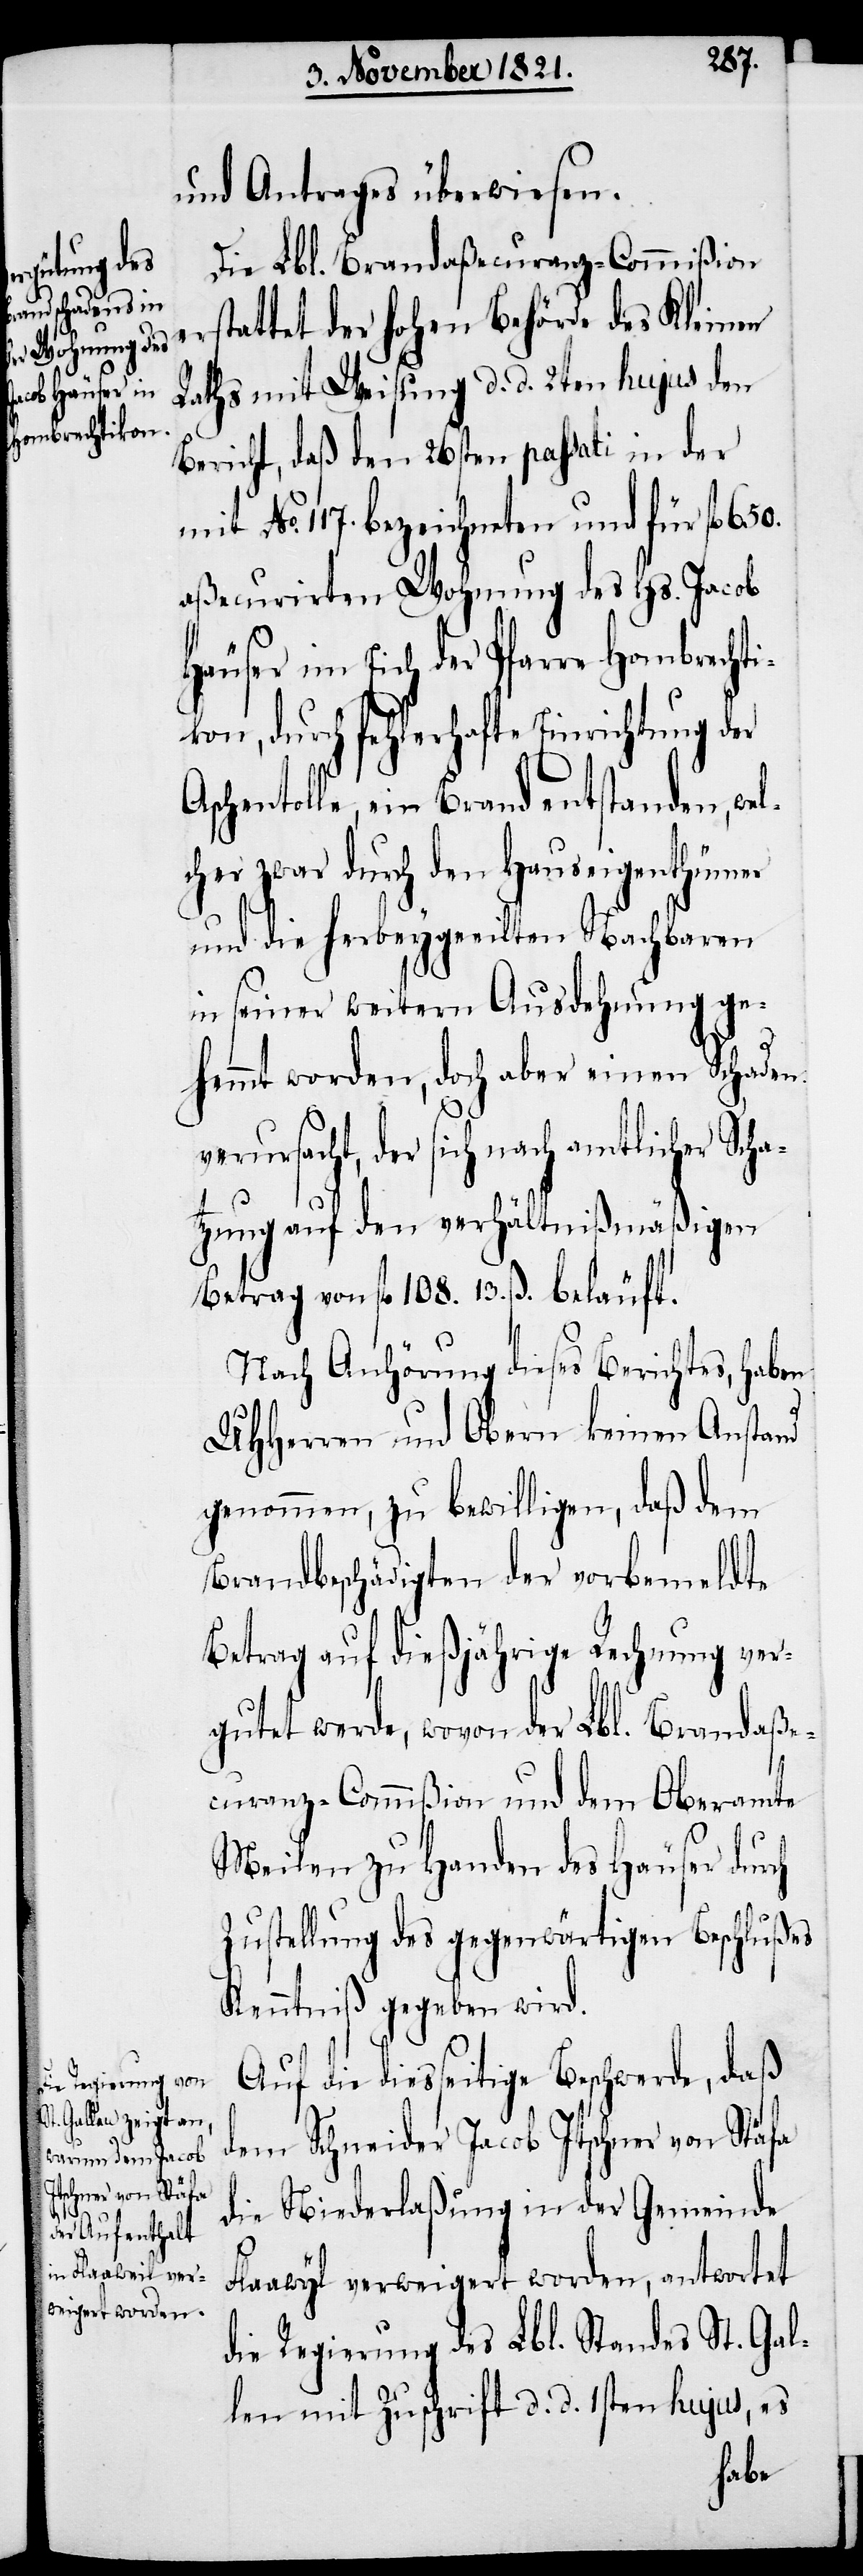
und Antrages überwiesen.
Die Lbl. Brandaßecuranz-Commißion
rstattet der hohen Regierung des Kleinen
Rathes mit Weisung d. d. 2ten hujus den
Bericht, daß den 26sten passati in der
mit No. 117. bezeichneten und für fl. 650.
aßecurirten Wohnung des Hs. Jacob
Häuser im Eich der Pfarre Hombrechti¬
kon, durch fehlerhafte Einrichtung der
schentolle, ein Brand entstanden, we¬
lcher zwar durch den Hauseigenthümer
und die herbeygeeilten Nachbaren
in seiner weitern Ausdehnung ge¬
A¬
hemmt worden, doch aber einen Schaden
verursacht, der sich nach amtlicher Scha¬
tzung auf den verhältnißmäßigen
Betrag von fl. 108. 13. ß. beläuft.
Nach Anhörung dieses Berichts, haben
UHHerren und Obern keinen Anstand
genommen, zu bewilligen, daß dem
Brandbeschädigten der vorbemeldte
Betrag auf dießjährige Rechnung ver¬
gutet werde, wovon der Lbl. Brandaße¬
curanz-Commißion und dem Oberamte
Meilen zu Handen des Häuser durch
Zustellung des gegenwärtigen Beschlußes
Kenntniß gegeben wird.
Auf die diesseitige Beschwerde, daß
dem Schneider Jacob Itschner von Stäfa
die Niederlaßung in der Gemeinde
Flaawyl verweigert worden, antwortet
die Regierung des Lbl. Standes St. Gal¬
len mit Zuschrift d. d. 1sten hujus, es